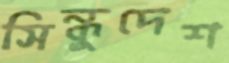
সিন্ধুদেশ